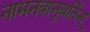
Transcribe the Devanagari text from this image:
नामनवानुवर्तिन्